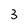
Character: 3